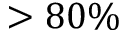
> 8 0 \%